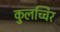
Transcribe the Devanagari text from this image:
कुलच्चिर